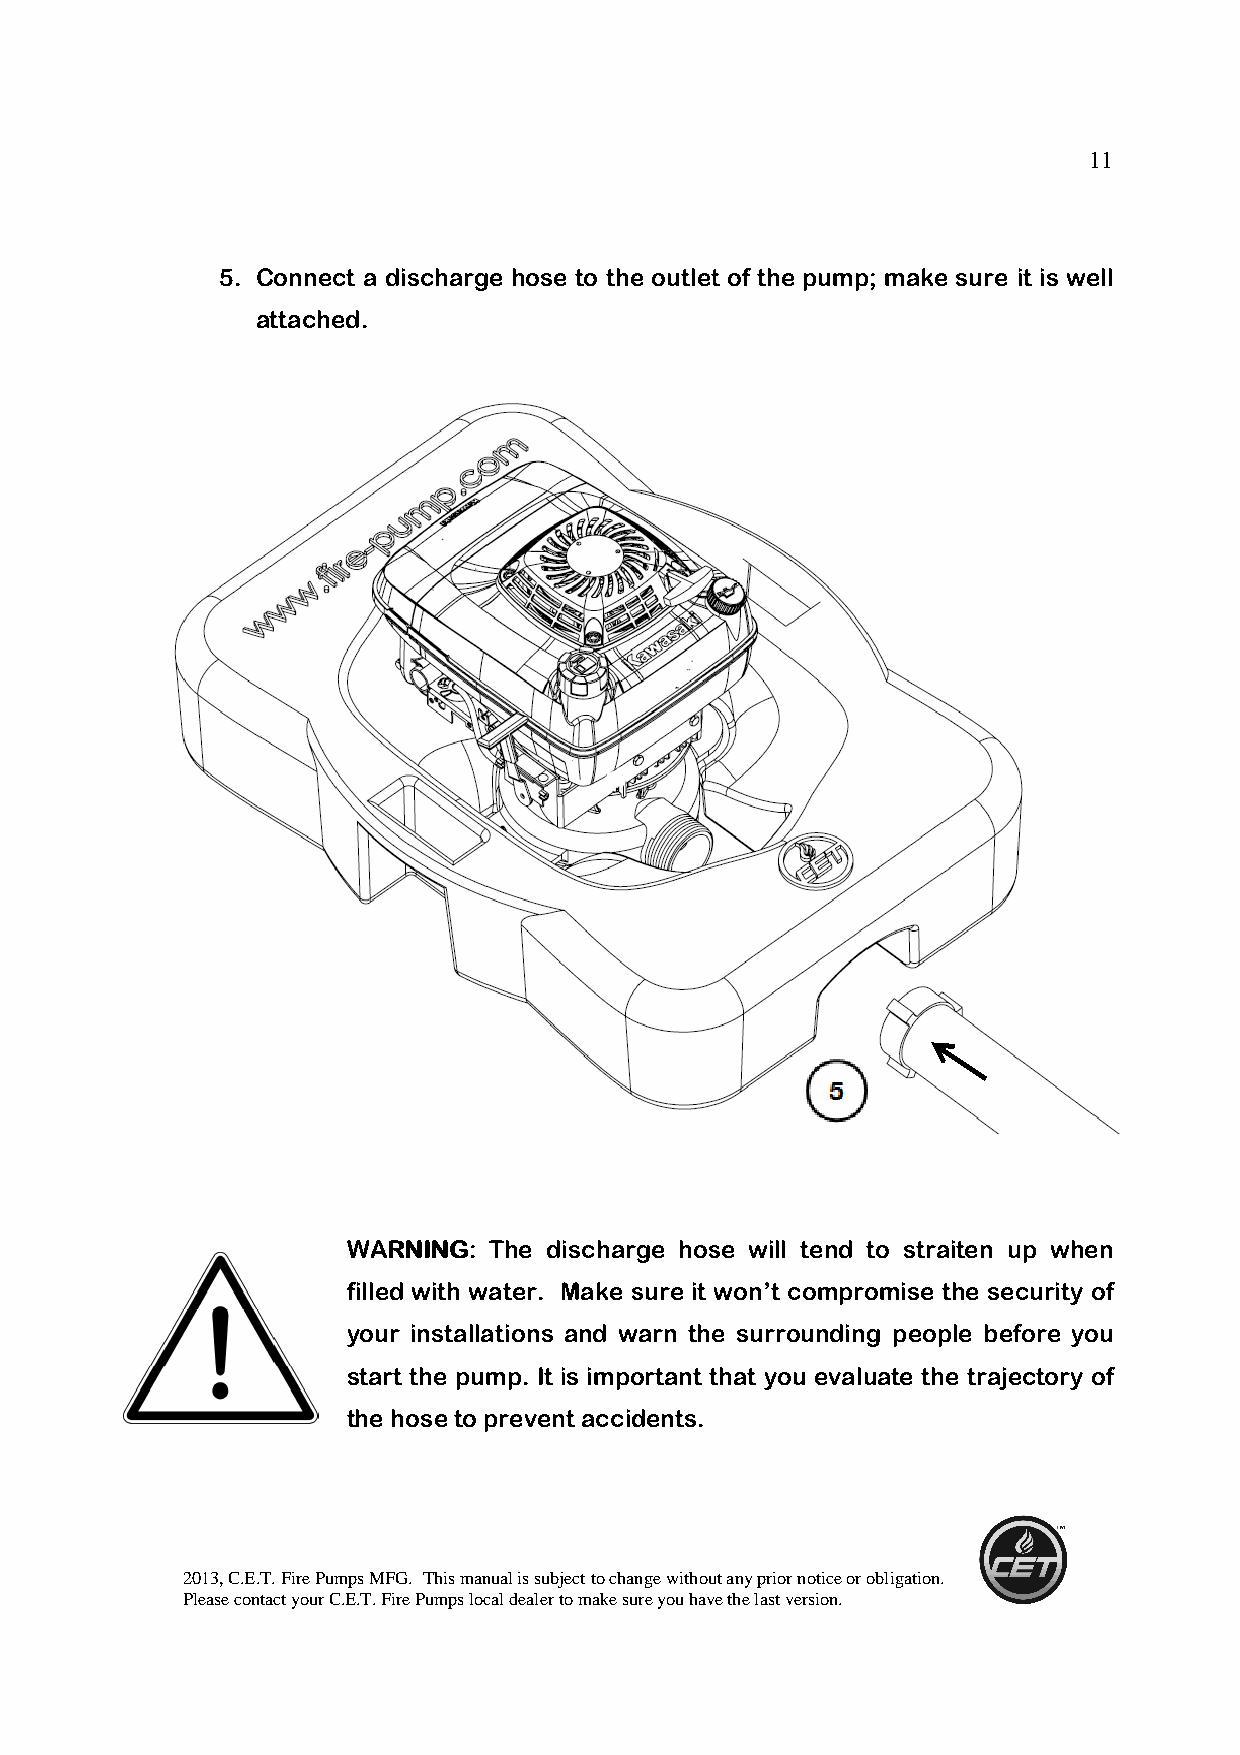
11
 5. Connect a discharge hose to the outlet of the pump; make sure it is well
 attached.
 WWWWAAAARRRRNNNNIIIINNNNGGGG: The discharge hose will tend to straiten up when
 filled with water. Make sure it won’t compromise the security of
 your installations and warn the surrounding people before you
 start the pump. It is important that you evaluate the trajectory of
 the hose to prevent accidents.
 2013, C.E.T. Fire Pumps MFG. This manual is subject to change without any prior notice or obligation.
 Please contact your C.E.T. Fire Pumps local dealer to make sure you have the last version.